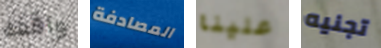
واقفه المصادفة علينا تجنيه